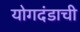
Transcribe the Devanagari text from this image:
योगदंडाची